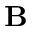
\mathbf { B }